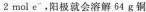
2mol e^{-}，阳极就会溶解64g铜